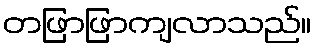
တဖြာဖြာကျလာသည်။